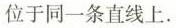
位于同一条直线上.